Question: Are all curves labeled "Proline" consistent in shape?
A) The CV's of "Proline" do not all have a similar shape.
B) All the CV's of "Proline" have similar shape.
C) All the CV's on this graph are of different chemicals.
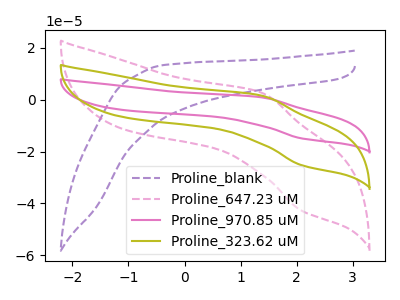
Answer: <think>The purple dashed curve "Proline_blank" has no peaks. The pink dashed curve "Proline_647.23 uM" has an anodic peak at (1.40V, 2.70uA) and a cathodic peak at (2.10V, -42.80uA). The pink curve "Proline_970.85 uM" has an anodic peak at (1.40V, 3.20uA) and a cathodic peak at (2.10V, -50.50uA). The olive curve "Proline_323.62 uM" has an anodic peak at (1.40V, 1.60uA) and a cathodic peak at (2.10V, -25.25uA).
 "Proline_blank" and "Proline_647.23 uM" have a different number of peaks. "Proline_blank" and "Proline_970.85 uM" have a different number of peaks. "Proline_blank" and "Proline_323.62 uM" have a different number of peaks. All the peaks in "Proline_647.23 uM" have a peak in "Proline_970.85 uM" at the same potential. Every peak in "Proline_647.23 uM" is lower than every peak in "Proline_970.85 uM". All the peaks in "Proline_647.23 uM" have a peak in "Proline_323.62 uM" at the same potential. Every peak in "Proline_647.23 uM" is higher than every peak in "Proline_323.62 uM". All the peaks in "Proline_970.85 uM" have a peak in "Proline_323.62 uM" at the same potential. Every peak in "Proline_970.85 uM" is higher than every peak in "Proline_323.62 uM".</think>
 <answer>B) All the CV's of "Proline" have similar shape.</answer>
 <eval>B</eval>